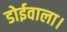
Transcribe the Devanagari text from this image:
डोईवाला।